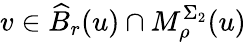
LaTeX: v\in\widehat{B}_{r}(u)\cap M_{\rho}^{\Sigma_{2}}(u)